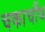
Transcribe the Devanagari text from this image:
चकाचौंथ